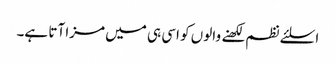
اسلئے نظم لکھنے والوں کو اسی ہی میں مزا آتا ہے۔